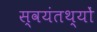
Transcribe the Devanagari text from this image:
स्वयंतथ्यों